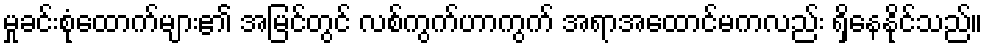
မှုခင်းစုံထောက်များ၏ အမြင်တွင် လစ်ကွက်ဟာကွက် အရာအထောင်မကလည်း ရှိနေနိုင်သည်။